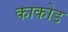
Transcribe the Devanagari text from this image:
काकोड